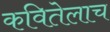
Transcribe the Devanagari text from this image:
कवितेलाच